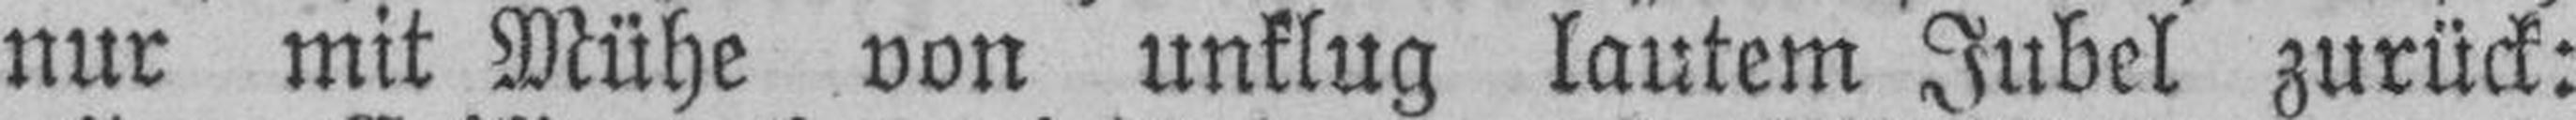
nur mit Mühe von unklug lautem Jubel zurück: